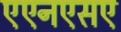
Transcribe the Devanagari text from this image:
एएनएसए